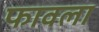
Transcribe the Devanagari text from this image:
फावला